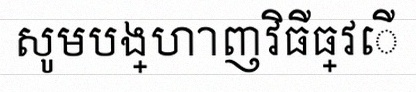
សូមបង្ហាញវិធីធ្វើ